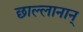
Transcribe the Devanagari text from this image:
छाल्लानान्